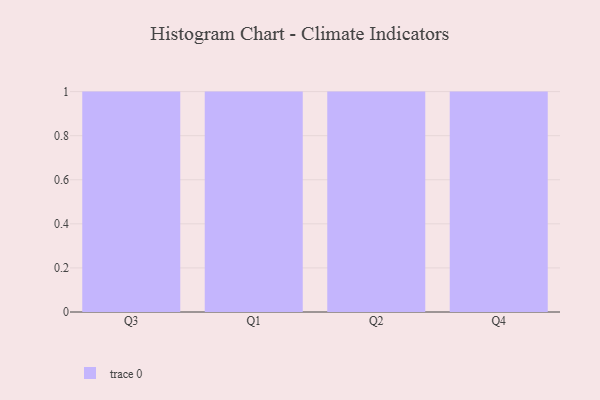
{"axis": {"x": "Quarter", "y": "Customer Acquisition Cost (USD)"}, "legend": [""], "data": [{"x": "Q3", "y": 3, "type": ""}, {"x": "Q1", "y": 45, "type": ""}, {"x": "Q2", "y": 84, "type": ""}, {"x": "Q4", "y": 31, "type": ""}]}